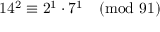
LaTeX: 1 4 ^ { 2 } \equiv 2 ^ { 1 } \cdot 7 ^ { 1 } { \pmod { 9 1 } }